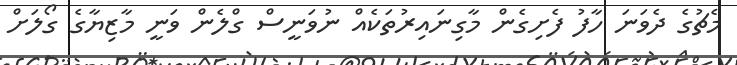
މެޗުގެ ދެވަނަ ހާފު ފެށިގެން މާގިނައިރުތަކެއް ނުވަނީސް ގްލެން ވަނީ މާޒިޔާގެ ގޯލަށް